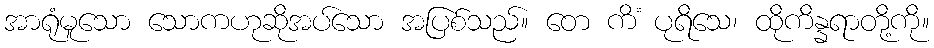
အာရုံမူသော သောကဟုဆိုအပ်သော အပြစ်သည်။ တေ ကိံ ပုရိသေ၊ ထိုကိန္နရာတို့ကို။